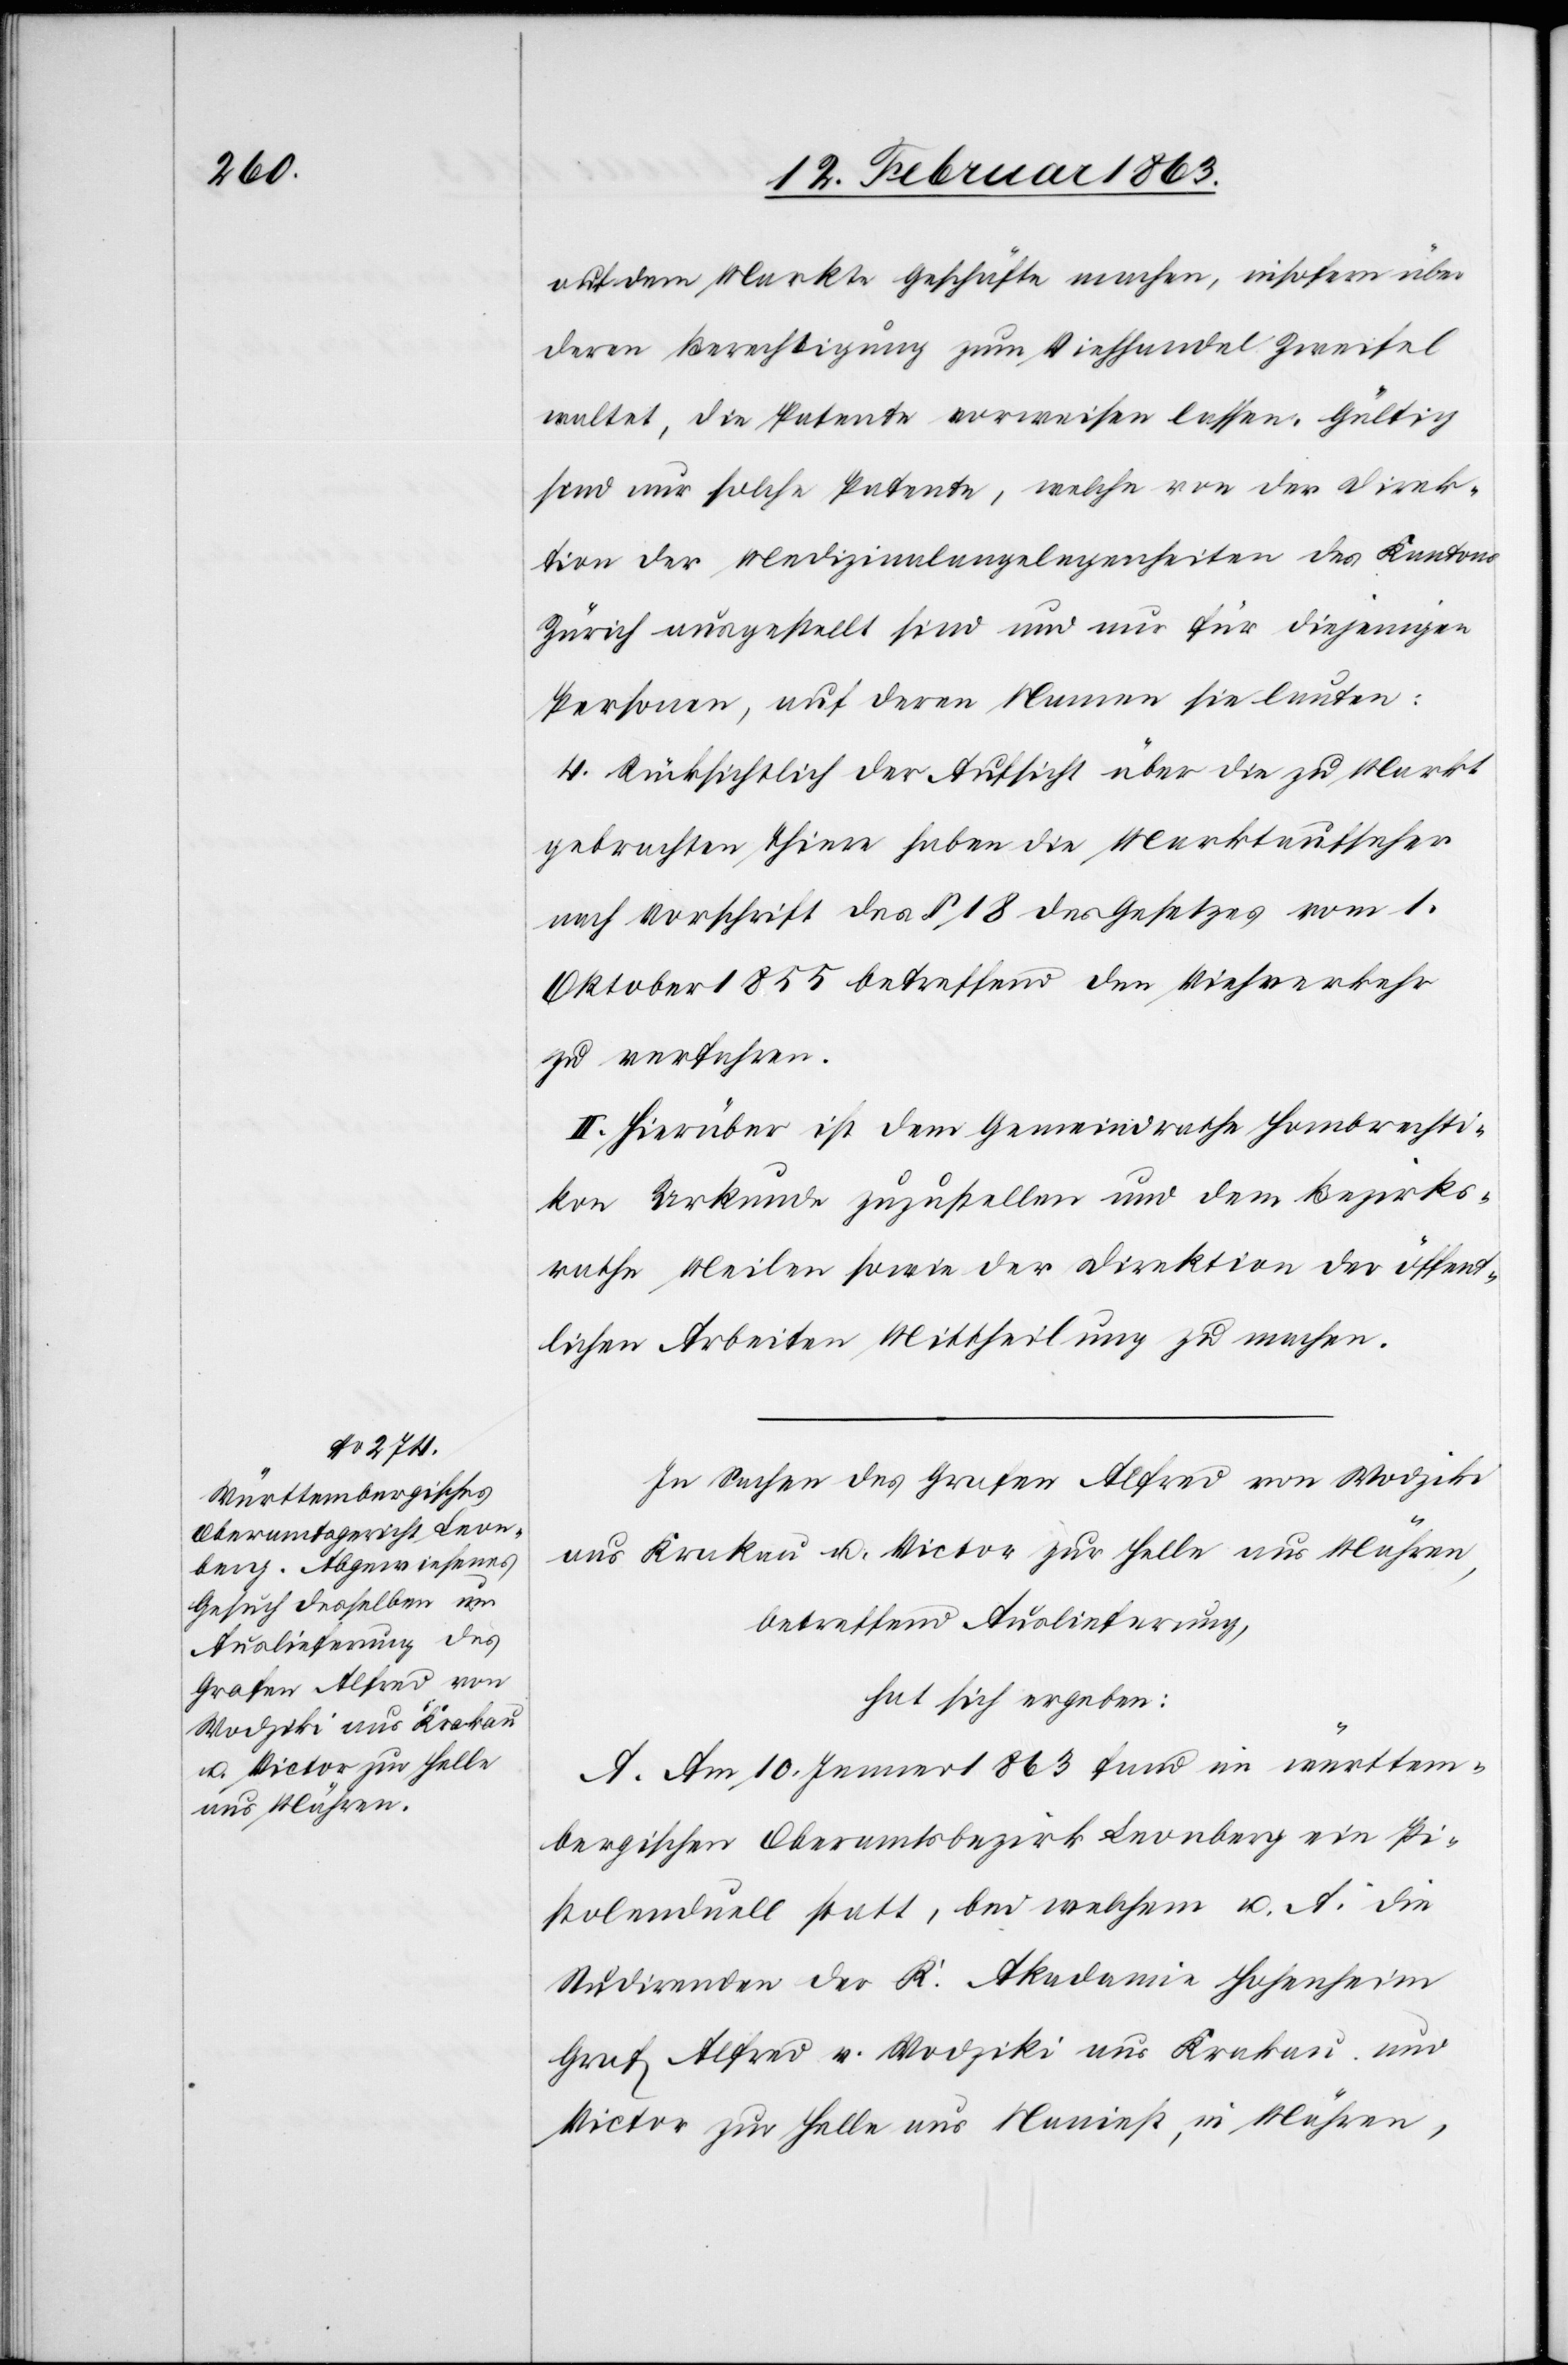
auf dem Markte Geschäfte machen, insofern über
deren Berechtigung zum Viehhandel Zweifel
waltet, die Patente vorweisen lassen. Gültig
sind nur solche Patente, welche von der Direk¬
tion der Medizinalangelegenheiten des Kantons
Zürich ausgestellt sind und nur für diejenigen
Personen, auf deren Namen sie lauten:
4. Rücksichtlich der Aufsicht über die zu Markt
gebrachten Thiere haben die Marktaufseher
nach Vorschrift des § 18 des Gesetzes vom 1.
Oktober 1855 betreffend den Viehverkehr
zu verfahren.
II. Hierüber ist dem Gemeindrathe Hombrechti¬
kon Urkunde zuzustellen und dem Bezirks¬
rathe Meilen sowie der Direktion der öffent¬
lichen Arbeiten Mittheilung zu machen.
In Sachen des Grafen Alfred von Wodziki
aus Krakau u. Victor zur Helle aus Mähren,
betreffend Auslieferung,
hat sich ergeben:
A. Am 10. Jenner 1863 fand im württem¬
bergischen Oberamtsbezirk Leonberg ein Pi¬
stolenduell statt, bei welchem u. A. die
Studirenden der K. Akademie Hohenheim
Graf Alfred v. Wodziki aus Krakau und
Victor zur Helle aus Naniest, in Mähren,